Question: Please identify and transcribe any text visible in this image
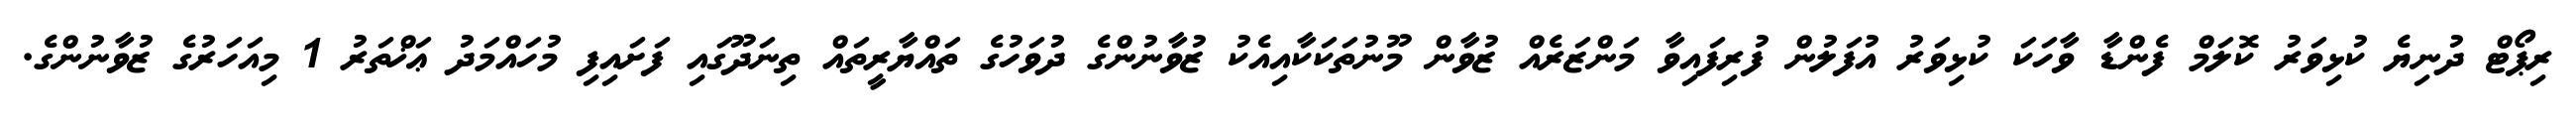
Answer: ރިޕޯޓް ދުނިޔެ ކުޅިވަރު ކޮލަމް ފެންޑާ ވާހަކަ ކުޅިވަރު އުފަލުން ފުރިފައިވާ މަންޒަރެއް ޒުވާން މޫނުތަކަކާއިއެކު ޒުވާނުންގެ ދުވަހުގެ ތައްޔާރީތައް ތިނަދޫގައި ފަށައިފި މުހައްމަދު ޢަޚްތަރު 1 މިއަހަރުގެ ޒުވާނުންގެ.